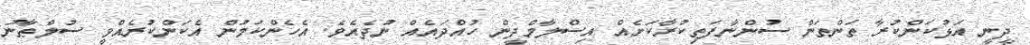
ދީނީ އަޅުކަންކުރާ ތަންތަން ސުންނާފަތިކުރާކަށެއް އިސްލާމްދީން ހުއްދައެއް ނުދެއެވެ. އެހެންކަމުން އެކަންކުރެއްވީ ސުލްޠާނު